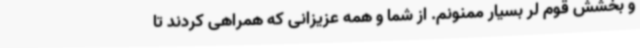
و بخشش قوم لر بسیار ممنونم. از شما و همه عزیزانی که همراهی کردند تا